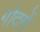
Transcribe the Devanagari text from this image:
गोदमें